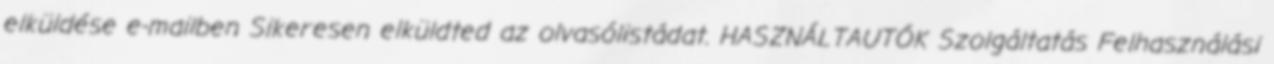
elküldése e-mailben Sikeresen elküldted az olvasólistádat. HASZNÁLTAUTÓK Szolgáltatás Felhasználási